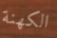
الكهنة